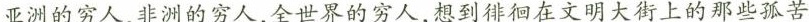
亚洲的穷人，非洲的穷人，全世界的穷人，想到徘徊在文明大街上的那些孤苦